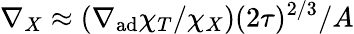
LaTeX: \nabla_{X}\approx(\nabla_{\mathrm{ad}}\chi_{T}/\chi_{X})(2\tau)^{2/3}/A